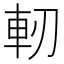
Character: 軔